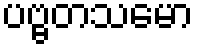
ပဗ္ဗတသမော